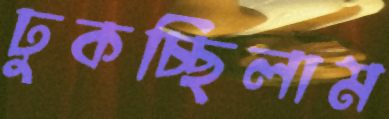
ঢুকচ্ছিলাম